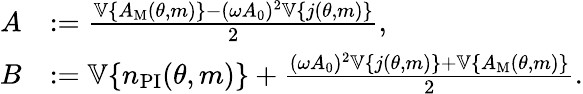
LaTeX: \begin{array}{rl}{A}&{:=\frac{\mathbb{V}\{ A_{\mathrm{M}}(\theta,m)\} -(\omega A_{0})^{2}\mathbb{V}\{ j(\theta,m)\} }{2},}\\ {B}&{:=\mathbb{V}\{ n_{\mathrm{PI}}(\theta,m)\} +\frac{(\omega A_{0})^{2}\mathbb{V}\{ j(\theta,m)\} +\mathbb{V}\{ A_{\mathrm{M}}(\theta,m)\} }{2}.}\end{array}